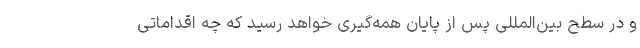
و در سطح بین‌المللی پس از پایان همه‌گیری خواهد رسید که چه اقداماتی